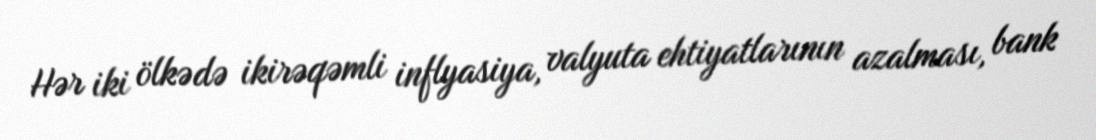
Hər iki ölkədə ikirəqəmli inflyasiya, valyuta ehtiyatlarının azalması, bank